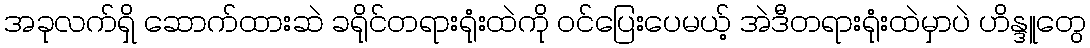
အခုလက်ရှိ ဆောက်ထားဆဲ ခရိုင်တရားရုံးထဲကို ဝင်ပြေးပေမယ့် အဲဒီတရားရုံးထဲမှာပဲ ဟိန္ဒူတွေ